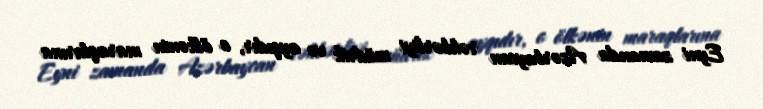
Eyni zamanda Azərbaycan rəhbərliyi müdrik və ayqıdır, o ölkənin maraqlarına